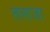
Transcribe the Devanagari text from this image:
तलाजा